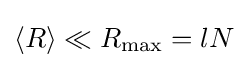
\langle R\rangle \ll R_{\text{max}}=lN